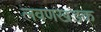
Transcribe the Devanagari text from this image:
लवणखडक